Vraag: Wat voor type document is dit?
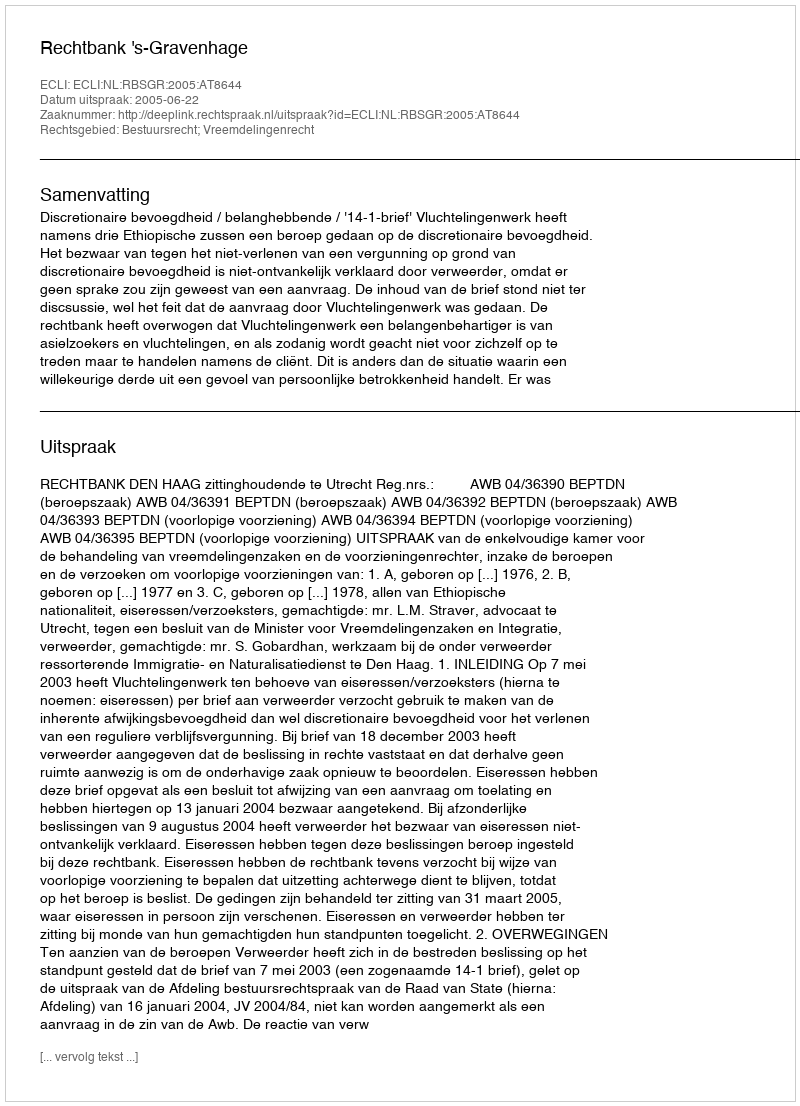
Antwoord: Uitspraak